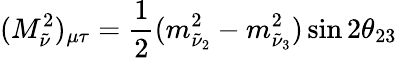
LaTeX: (M_{\tilde{\nu}}^{2})_{\mu\tau}=\frac{1}{2}(m_{\tilde{\nu}_{2}}^{2}-m_{\tilde{\nu}_{3}}^{2})\sin 2\theta_{23}